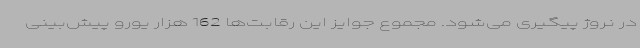
در نروژ پیگیری می‌شود. مجموع جوایز این رقابت‌ها 162 هزار یورو پیش‌بینی